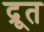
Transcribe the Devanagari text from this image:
द्रूत